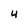
Character: 4